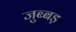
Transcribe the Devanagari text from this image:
जुब्बड़